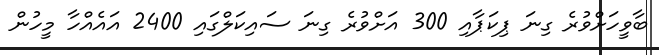
ބާވީހަށްވުރެ ގިނަ ޕިކަޕާއި 300 އަށްވުރެ ގިނަ ސައިކަލްގައި 2400 އައެއްހާ މީހުން